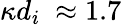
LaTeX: \kappa d_{i}~\approx 1.7